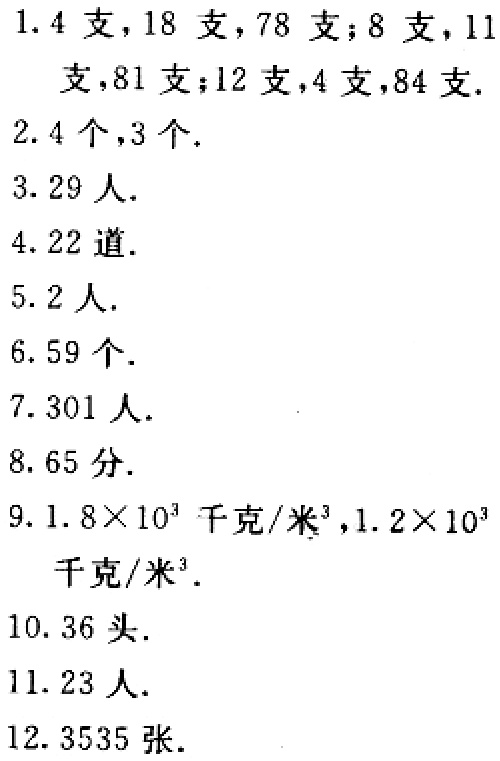
1. 4 支，18 支，78 支；8 支，11 支，81 支；12 支，4 支，84 支.

2. 4 个，3 个.

3. 29 人.

4. 22 道.

5. 2 人.

6. 59 个.

7. 301 人.

8. 65 分.

9. \(1.8\times 10^{3}\) 千克/米³，\(1.2\times 10^{3}\) 千克/米³.

10. 36 头.

11. 23 人.

12. 3535 张.